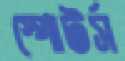
স্পোটর্স